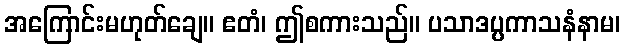
အကြောင်းမဟုတ်ချေ။ ဧတံ၊ ဤစကားသည်။ ပသာဒပ္ပကာသနံနာမ၊